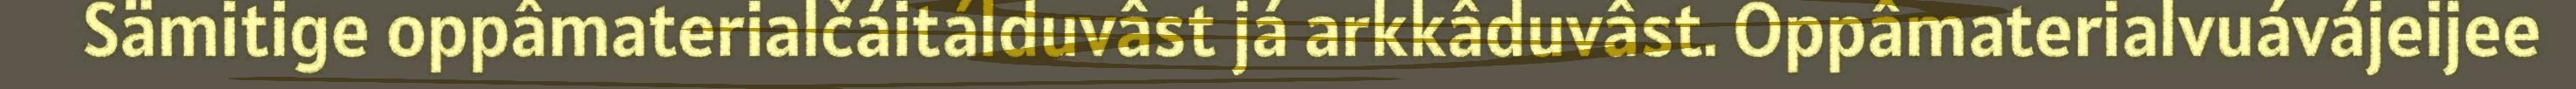
Sämitige oppâmaterialčáitálduvâst já arkkâduvâst. Oppâmaterialvuávájeijee